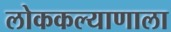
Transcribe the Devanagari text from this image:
लोककल्याणाला